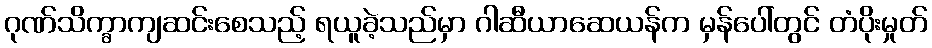
ဂုဏ်သိက္ခာကျဆင်းစေသည့် ရယူခဲ့သည်မှာ ဂါဆီယာဆေယန်က မှန်ပေါ်တွင် တံပိုးမှုတ်